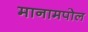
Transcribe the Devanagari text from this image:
मानामपोल